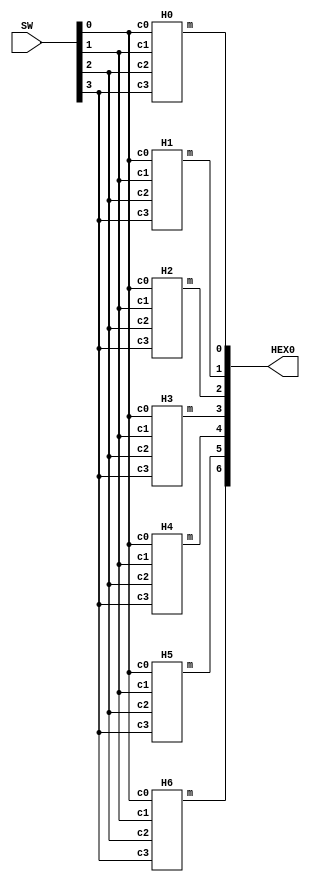
module seven_seg_decoder(HEX0, SW);
    input [9:0] SW;
    output [6:0] HEX0;

    H0 u0(
        .c0(SW[0]),
        .c1(SW[1]),
        .c2(SW[2]),
		  .c3(SW[3]),
        .m(HEX0[0])
        );
		  
	H1 u1(
        .c0(SW[0]),
        .c1(SW[1]),
        .c2(SW[2]),
		  .c3(SW[3]),
        .m(HEX0[1])
        );
	
	H2 u2(
        .c0(SW[0]),
        .c1(SW[1]),
        .c2(SW[2]),
		  .c3(SW[3]),
        .m(HEX0[2])
        );
   H3 u3(
        .c0(SW[0]),
        .c1(SW[1]),
        .c2(SW[2]),
		  .c3(SW[3]),
        .m(HEX0[3])
        );
		  
  H4 u4(
        .c0(SW[0]),
        .c1(SW[1]),
        .c2(SW[2]),
		  .c3(SW[3]),
        .m(HEX0[4])
        );
		  
  H5 u5(
        .c0(SW[0]),
        .c1(SW[1]),
        .c2(SW[2]),
		  .c3(SW[3]),
        .m(HEX0[5])
        );

  H6 u6(
        .c0(SW[0]),
        .c1(SW[1]),
        .c2(SW[2]),
		  .c3(SW[3]),
        .m(HEX0[6])
        );
	
endmodule

module H0(c0, c1, c2, c3, m);
    input c0; 
    input c1; 
    input c2; 
	 input c3;
    output m; //output
  
    assign m = ~ c3 & c2 & ~ c1 & ~ c0 | ~ c3 & ~ c2 & ~ c1 & c0 | c3 & c2 & ~ c1 & c0 |  c3 & ~ c2 & c1 & c0;	 
	 
endmodule

module H1(c0, c1, c2, c3, m);
    input c0; 
    input c1; 
    input c2; 
	 input c3;
    output m; //output
  
    assign m = c3 & c2 & ~ c1 & ~ c0 | ~ c3 & c2 & ~ c1 & c0 | c3 & c1 & c0 | c2 & c1 & ~ c0;	 
	 
endmodule

module H2(c0, c1, c2, c3, m);
    input c0; 
    input c1; 
    input c2; 
	 input c3;
    output m; //output
  
    assign m = c3 & c2 & ~ c1 & ~ c0 |  c2 & c1 & c3 |  ~ c3 & ~ c2 & c1 & ~c0;	 
	 
endmodule


module H3(c0, c1, c2, c3, m);
    input c0; 
    input c1; 
    input c2; 
	 input c3;
    output m; //output
  
    assign m = ~ c3 & c2 & ~ c1 & ~ c0 | ~ c3 & ~ c2 & ~ c1 & c0 | c2 & c1 & c0 |  c3 & ~ c2 & c1 & ~ c0;	 
	 
endmodule

module H4(c0, c1, c2, c3, m);
    input c0; 
    input c1; 
    input c2; 
	 input c3;
    output m; //output
  
    assign m = c3 & ~ c2 & ~ c1 & c0 | ~ c3 & c0 |~ c3 & c2 & ~ c1;	 
	 
endmodule

module H5(c0, c1, c2, c3, m);
    input c0; 
    input c1; 
    input c2; 
	 input c3;
    output m; //output
  
    assign m = ~ c3 & ~ c2 & c0 | ~ c3 &  c1 & c0 | ~ c3 & ~ c2 & c1 |  c3 & c2 & ~ c1 & c0;	 
	 
endmodule

module H6(c0, c1, c2, c3, m);
    input c0; 
    input c1; 
    input c2; 
	 input c3;
    output m; //output
  
    assign m = ~ c3 & ~c2 & ~ c1 | ~ c3 & c2 & c1 & c0 | c3 & c2 & ~ c1 & ~ c0;	 
	 
endmodule